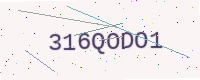
Text: 316QODO1